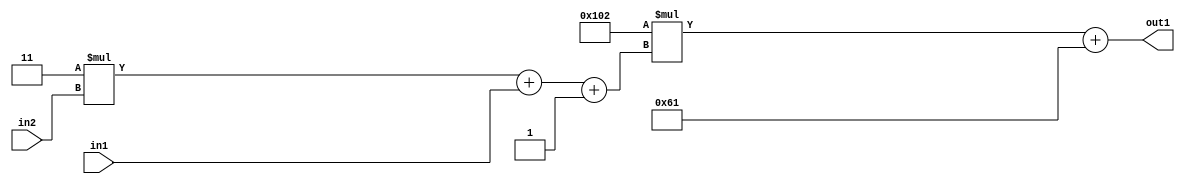
`timescale 1ps / 1ps
/*****************************************************************************
    Verilog RTL Description
    
    
    Created by: Stratus DpOpt 2019.1.01 
*******************************************************************************/

module DC_Filter_Add2i97Mul2i258Add3i1u1Mul2i3u2_1 (
	in2,
	in1,
	out1
	); /* architecture "behavioural" */ 
input [1:0] in2;
input  in1;
output [11:0] out1;
wire [11:0] asc001;
wire [3:0] asc002;

wire [3:0] asc002_tmp_0;
wire [3:0] asc002_tmp_1;
assign asc002_tmp_1 = 
	+(4'B0011 * in2);
assign asc002_tmp_0 = asc002_tmp_1
	+(in1);
assign asc002 = asc002_tmp_0
	+(4'B0001);

wire [11:0] asc001_tmp_2;
assign asc001_tmp_2 = 
	+(12'B000100000010 * asc002);
assign asc001 = asc001_tmp_2
	+(12'B000001100001);

assign out1 = asc001;
endmodule

/* CADENCE  vrP4Qg0= : u9/ySgnWtBlWxVPRXgAZ4Og= ** DO NOT EDIT THIS LINE ******/